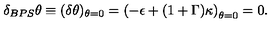
\delta _ { B P S } \theta \equiv ( \delta \theta ) _ { \theta = 0 } = \left( - \epsilon + ( 1 + \Gamma ) \kappa \right) _ { \theta = 0 } = 0 .